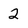
Character: 2